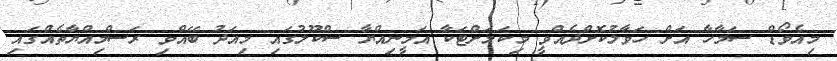
މިއެވޯޑް ސަމާހާ އަށް ހަވާލުކޮށްދެއްވީ މިކަމަށްޓަކާ އަމީނިއްޔާ ސްކޫލުގައި މިއަދު ބޭއްވި ރަސްމިއްޔާތެއްގައި